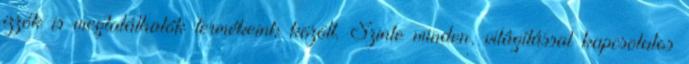
izzók is megtalálhatók termékeink között. Szinte minden, világítással kapcsolatos